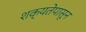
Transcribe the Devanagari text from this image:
शक्यतेपासून